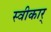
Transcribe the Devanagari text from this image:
स्वीकार्